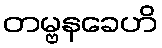
တမ္ဗနခေဟိ